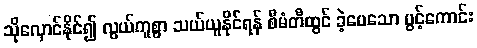
သိုလှောင်နိုင်၍ လွယ်ကူစွာ သယ်ယူနိုင်ရန် စီမံတီထွင် ခဲ့ပေသော ပွင့်ကောင်း